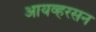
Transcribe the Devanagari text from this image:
आयव्हरसन